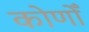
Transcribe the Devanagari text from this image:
कोणोँ